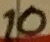
Text: 10